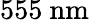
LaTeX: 555~\mathrm{nm}